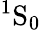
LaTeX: {}^{1}\mathrm{S}_{0}